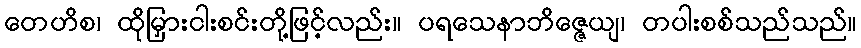
တေဟိစ၊ ထိုမြှားငါးစင်းတို့ဖြင့်လည်း။ ပရသေနာဘိဇ္ဇေယျ၊ တပါးစစ်သည်သည်။